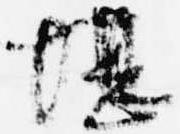
堪